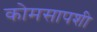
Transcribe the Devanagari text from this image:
कोमसापशी